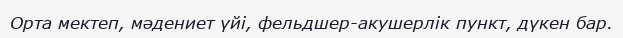
Орта мектеп, мәдениет үйі, фельдшер-акушерлік пункт, дүкен бар.